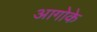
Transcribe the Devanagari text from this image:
आगोके